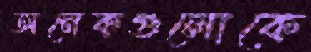
অনেকগুলোকে